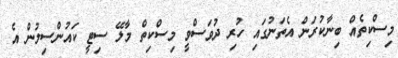
މިސްކިތެއް ބިނާކުރަން އެތަނުގައި ހުރި ދުވަސްވީ މިސްކިތް މާލޭ ސިޓީ ކައުންސިލުން އެ